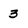
Character: 3